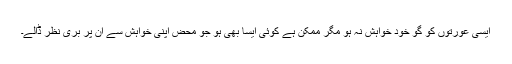
ایسی عورتوں کو گو خود خواہش نہ ہو مگر ممکن ہے کوئی ایسا بھی ہو جو محض اپنی خواہش سے ان پر بری نظر ڈالے۔